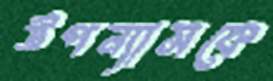
উপন্যাসকে